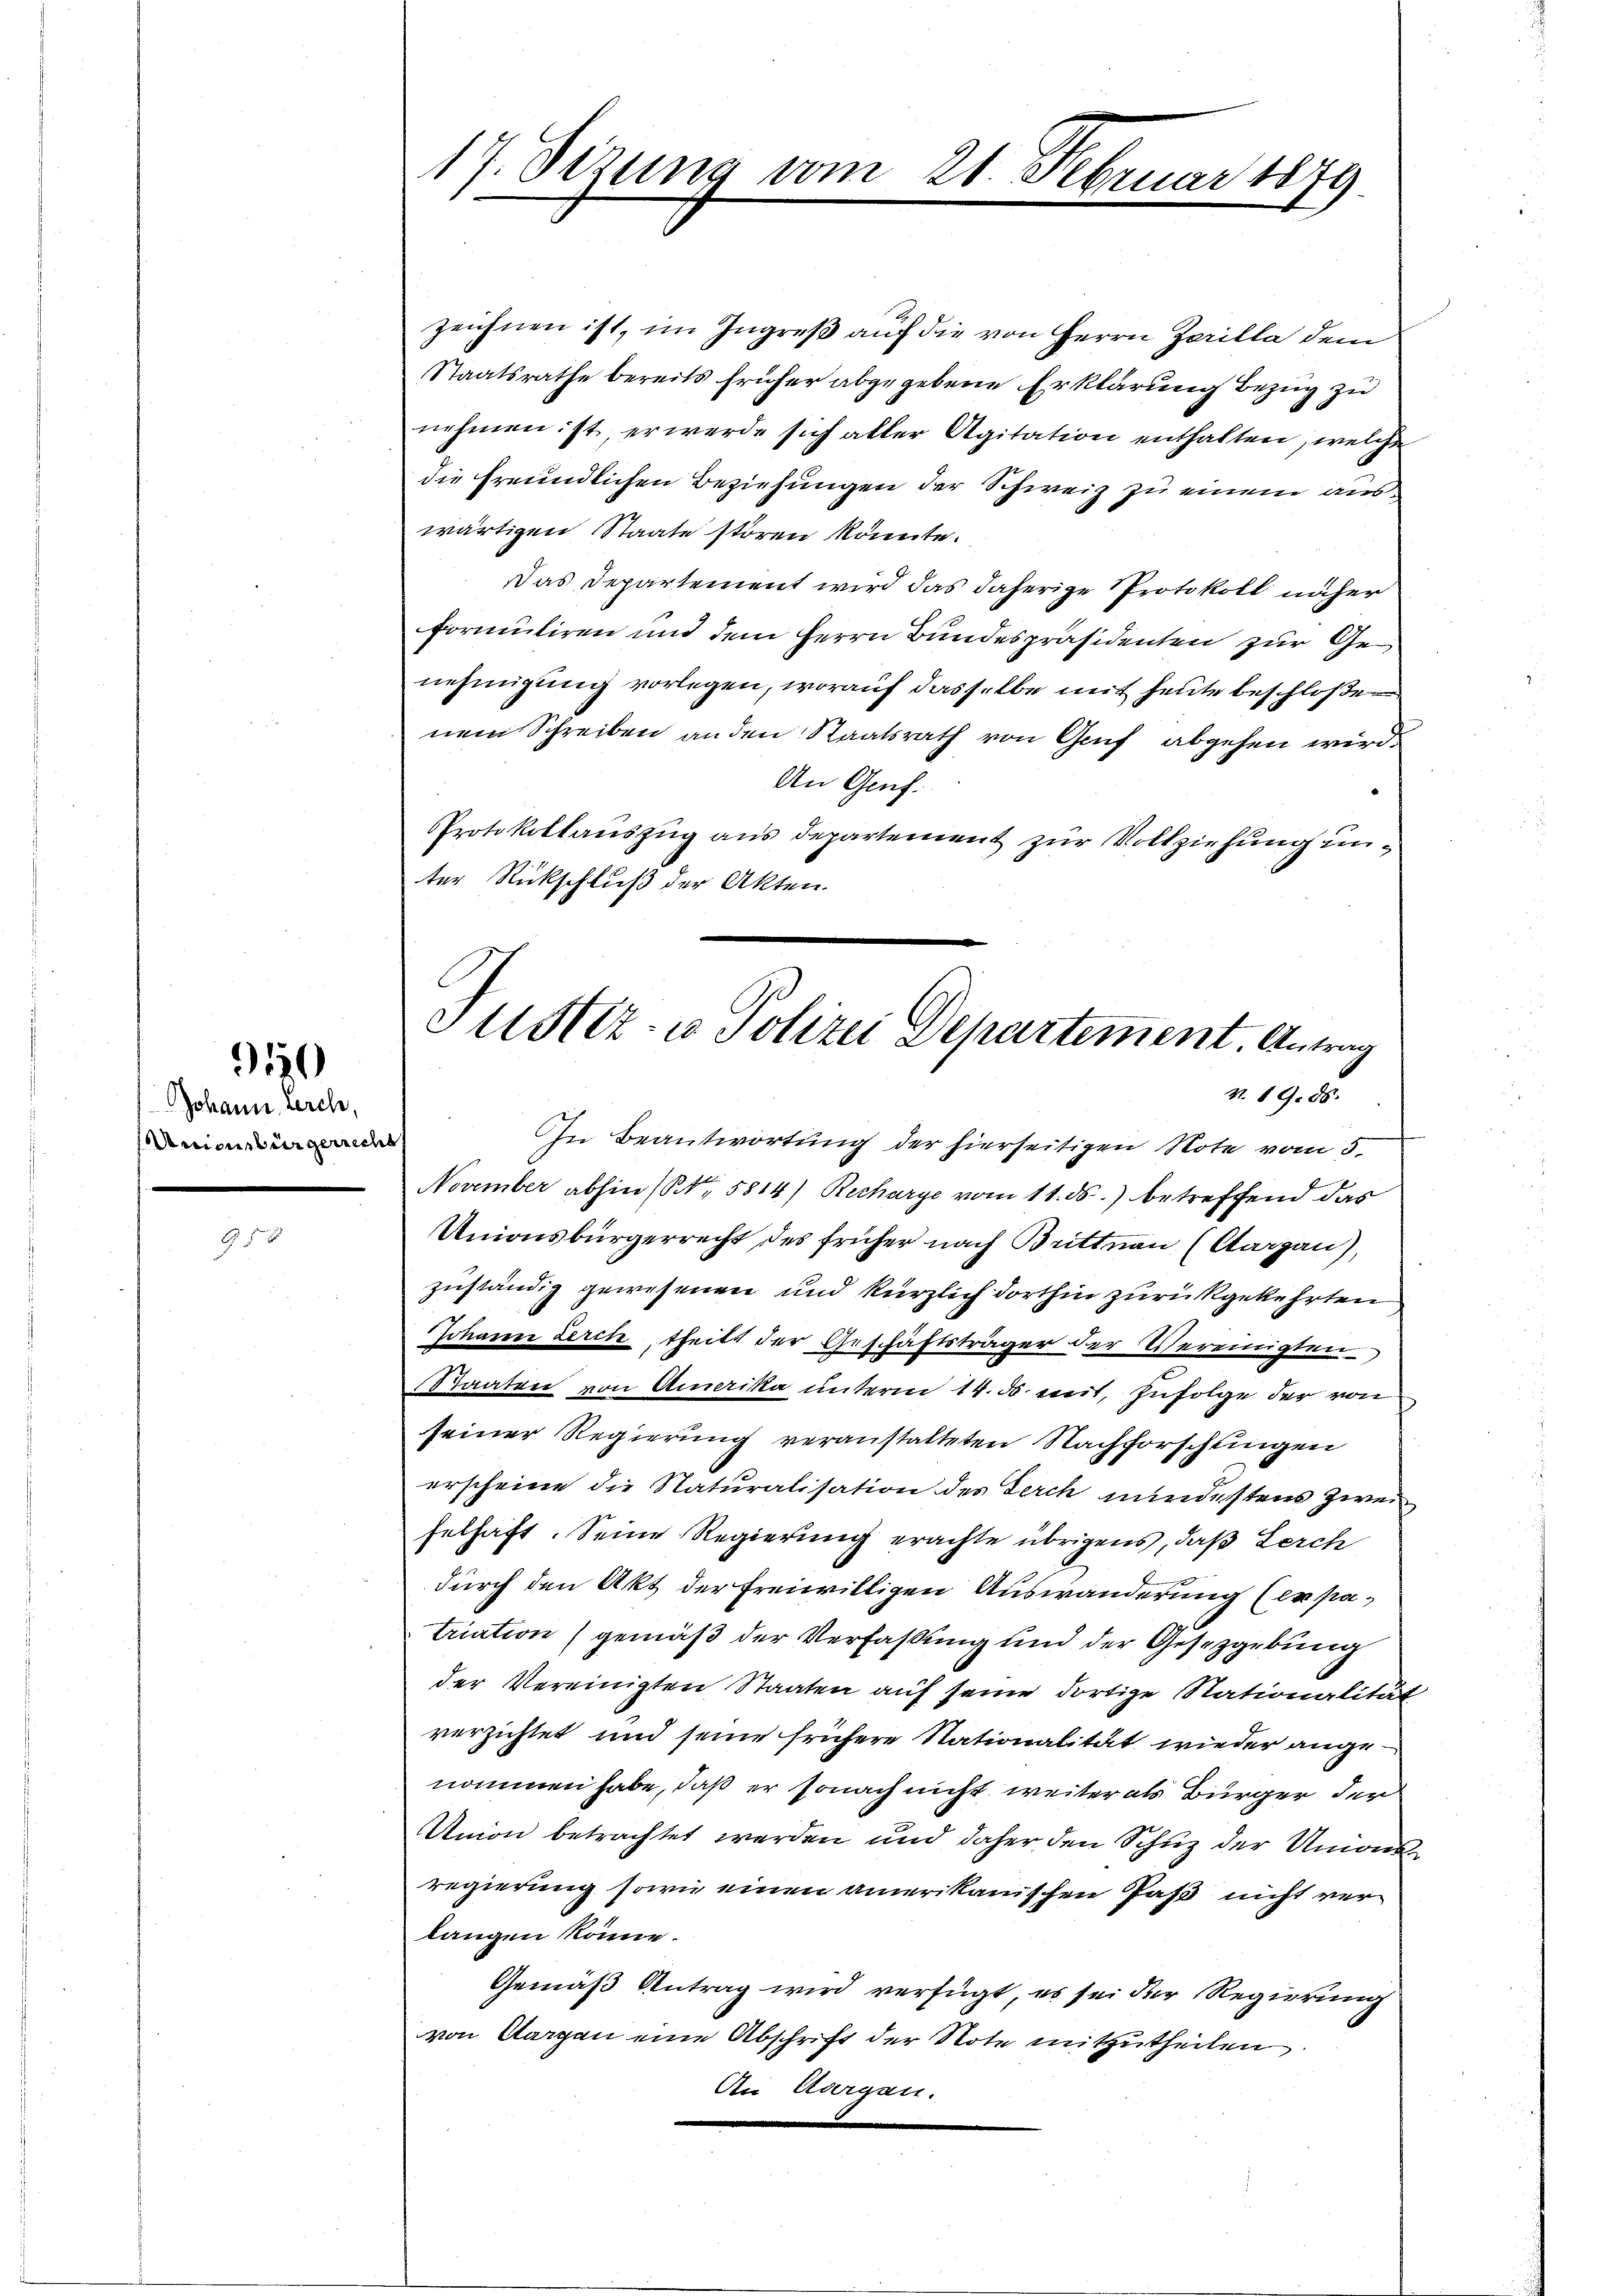
910

Johann Lerch,
Unionsbürgerrecht

17. Dezung vom 21. Februar 1879

zeichnen ist, im Ingreß auf die von Herrn Zerilla dem
Staatsrathe bereits früher abgegebene Erklärung Bezug zu
nehmen ist, er werde sich aller Agitation enthalten, welche
die freundlichen Beziehungen der Schweiz zu einem auswärtigen Staate stören könnte.
Das Departement wird das daherige Protokoll näher
formuliren und dem Herrn Bundespräsidenten zur Genehmigung vorlegen, worauf dasselbe mit heute beschloßen
nem Schreiben an den Staatsrath von Genf abgehen wird.
An Genf.
Protokollauszug aus Departement zur Vollziehung unter Rückschluß der Akten.
In Beantwortung der hierseitigen Note vom 5.
November abhin (S. 5814) Recharge vom 11. ds. betreffend das
Unionsbürgerrecht des früher nach Brittnau (Aargau),
zuständig gewesenen und kürzlich dorthin zurückgekehrten
Johann Lerch, theils der Geschäftsträger der Vereinigten
Staaten von Amerika unterm 14. ds weit, Zufolge der von
seiner Regierung veranstalteten Nachforschlingen
erscheine die Naturalisation des Ferch mindestens zweifelhaft. Seine Regierung erachte übrigens, daß Lerch
durch den Akt der freiwilligen Auswanderung (er patriation (gemäß der Verfassung und der Gesetzgebung
der Vereinigten Staaten auf seine dortige Nationalität
verzichtet und seine frühere Nationalität wieder ange
nommen habe, daß er sonach nicht weiter als Bürger der
Union betrachtet werden und daher den Schuz der Umändregierung sowie einen amerikanischen Paß nicht verlangen könne.
Gemäß Antrag wird verfügt, es sei der Regierung
von Aargau eine Abschrift der Note mitzutheilen.
An Aargau.

Justiz- u Polizei Departement. Antrag
v. 19. 56.